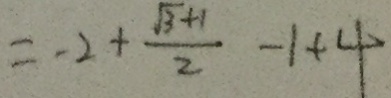
= - 2 + \frac { \sqrt { 3 } + 1 } { 2 } - 1 + 4